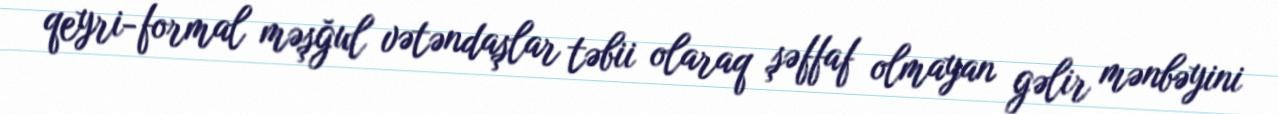
qeyri-formal məşğul vətəndaşlar təbii olaraq şəffaf olmayan gəlir mənbəyini